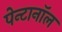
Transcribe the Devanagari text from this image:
पेन्टानॉल